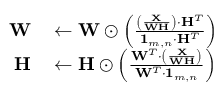
\begin{array} { r l } { \mathbf { W } } & { { } \leftarrow \mathbf { W } \odot \left( \frac { \left( \frac { \mathbf { X } } { \mathbf { W } \mathbf { H } } \right) \cdot \mathbf { H } ^ { T } } { \mathbf { 1 } _ { m , n } \cdot \mathbf { H } ^ { T } } \right) } \\ { \mathbf { H } } & { { } \leftarrow \mathbf { H } \odot \left( \frac { \mathbf { W } ^ { T } \cdot \left( \frac { \mathbf { X } } { \mathbf { W } \mathbf { H } } \right) } { \mathbf { W } ^ { T } \cdot \mathbf { 1 } _ { m , n } } \right) } \end{array}